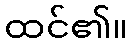
ထင်၏။